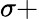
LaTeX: \sigma+